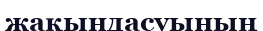
жақындасуының